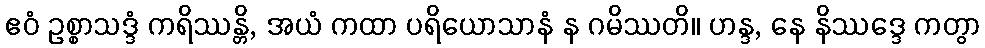
ဧဝံ ဥစ္စာသဒ္ဒံ ကရိဿန္တိ, အယံ ကထာ ပရိယောသာနံ န ဂမိဿတိ။ ဟန္ဒ, နေ နိဿဒ္ဒေ ကတွာ